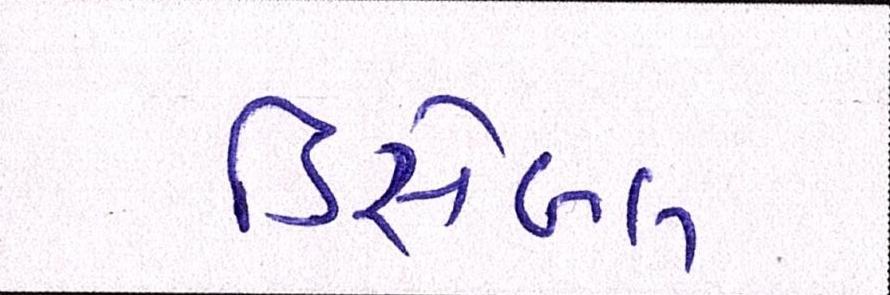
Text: ડિસેબલ